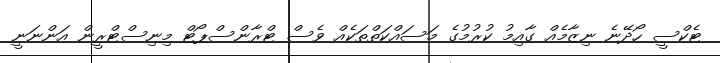
ޓެކްސީ ހޯދޭނެ ނިޒާމެއް ގާއިމު ކުރުމުގެ މަސައްކަތްތަކެއް ވެސް ޓްރާންސްޕޯޓް މިނިސްޓްރީން އަންނަނީ